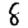
Digit: 8